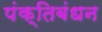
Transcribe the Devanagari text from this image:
पंक्तिबंधन